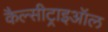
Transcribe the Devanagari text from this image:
कैल्सीट्राइऑल